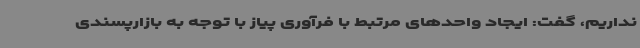
نداریم، گفت: ایجاد واحدهای مرتبط با فرآوری پیاز با توجه به بازارپسندی